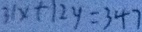
3 1 x + 1 2 y = 3 4 7